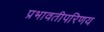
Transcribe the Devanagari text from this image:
प्रभावतीपरिणय